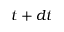
t + d t